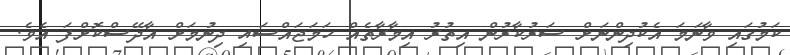
ކަމުގައި ވާނަމަ އެކުދިންނަށް ސަރުކާރުން އިތުރު އިމާރާތެއް ހަމަޖައްސައި ދިނުމަށް އާދޭސްކޮށްފަ އެވެ.